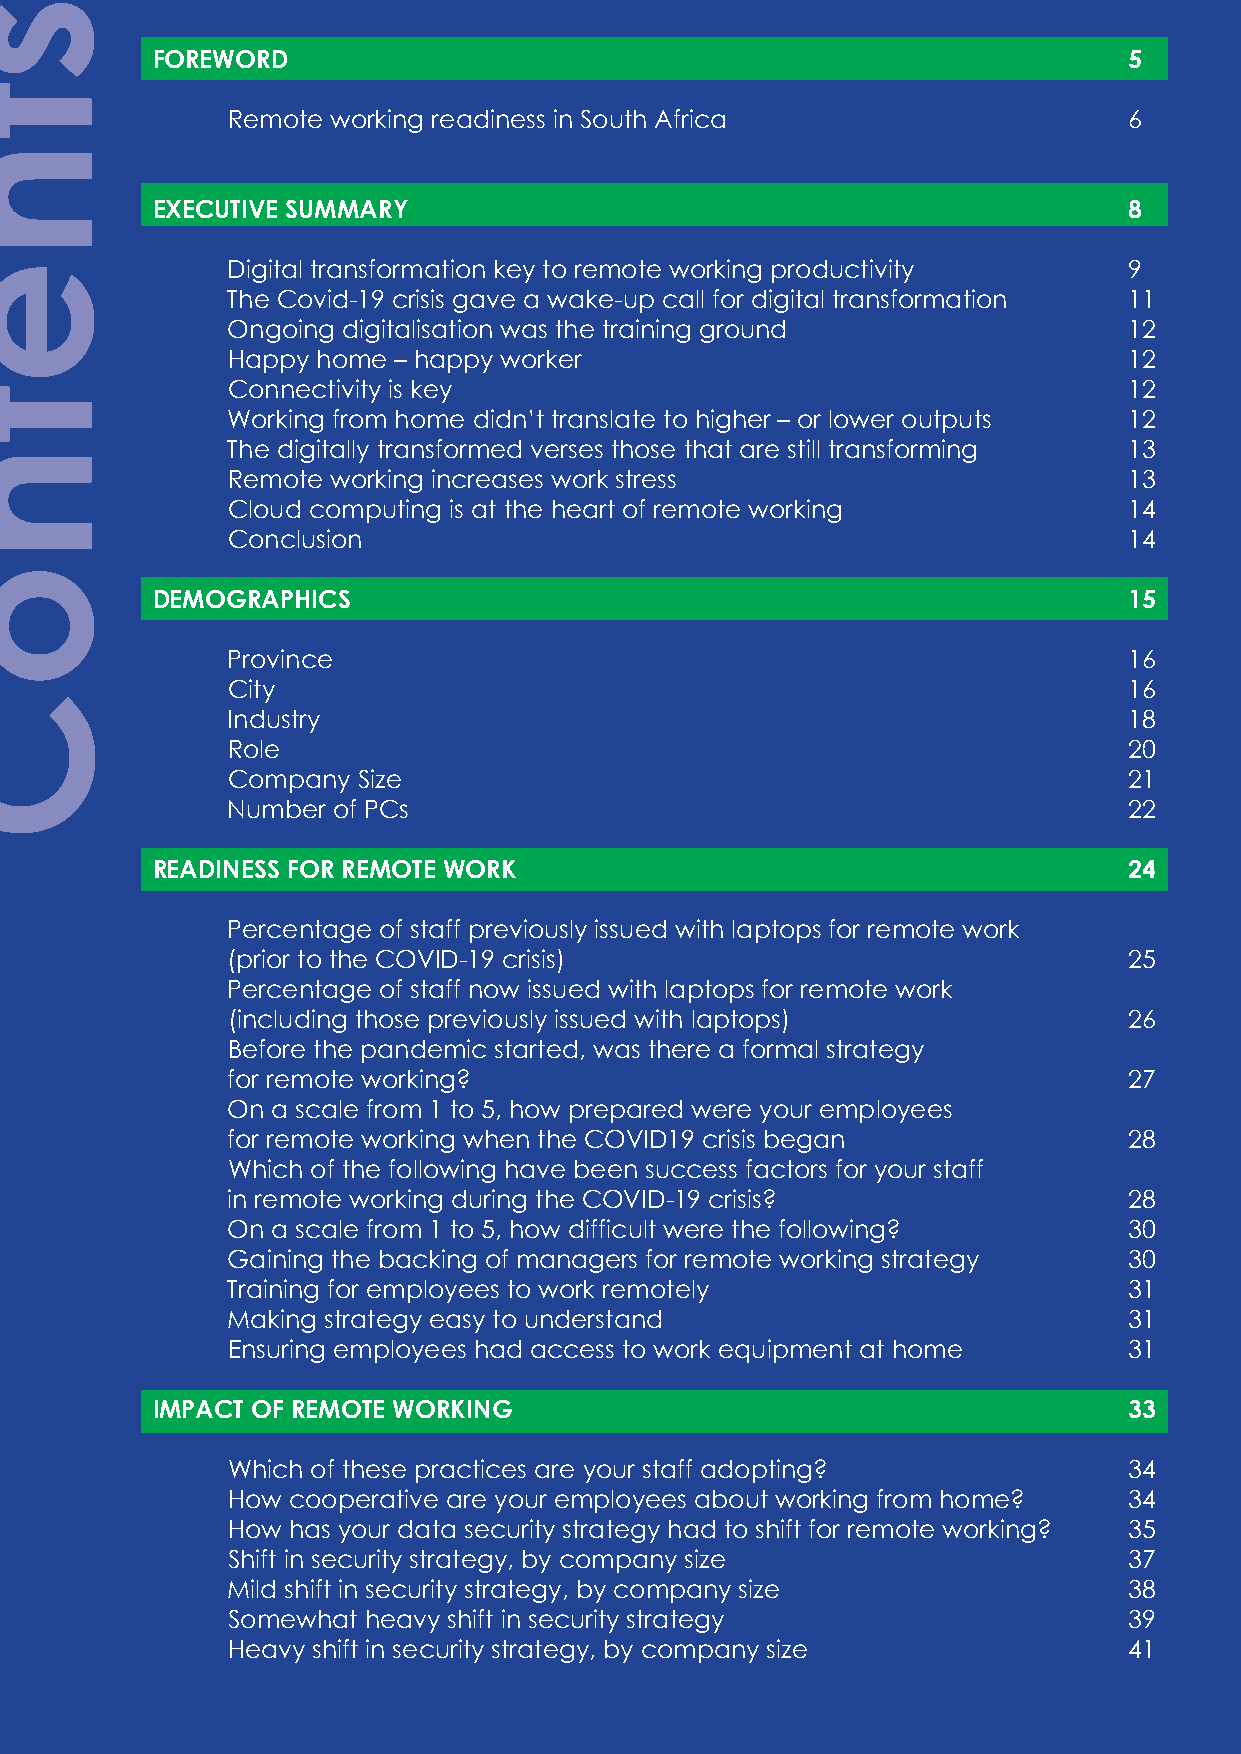
FOREWORD                                                         5
 Remote working readiness in South Africa                    6
 EXECUTIVE SUMMARY                                                8
 Digital transformation key to remote working productivity   9
 The Covid-19 crisis gave a wake-up call for digital transformation 11
 Ongoing digitalisation was the training ground              12
 Happy home – happy worker                                   12
 Connectivity is key                                         12
 Working from home didn’t translate to higher – or lower outputs 12
 The digitally transformed verses those that are still transforming 13
 Remote working increases work stress                        13
 Cloud computing is at the heart of remote working           14
 Conclusion                                                  14
 DEMOGRAPHICS                                                     15
 Province                                                    16
 City                                                        16
 Industry                                                    18
 Role                                                        20
 Company  Size                                               21
 Number of PCs                                               22
 READINESS FOR REMOTE WORK                                        24
 Percentage of staff previously issued with laptops for remote work
 (prior to the COVID-19 crisis)                              25
 Percentage of staff now issued with laptops for remote work
 (including those previously issued with laptops)            26
 Before the pandemic started, was there a formal strategy
 for remote working?                                         27
 On a scale from 1 to 5, how prepared were your employees
 for remote working when the COVID19 crisis began            28
 Which of the following have been success factors for your staff
 in remote working during the COVID-19 crisis?               28
 On a scale from 1 to 5, how difficult were the following?   30
 Gaining the backing of managers for remote working strategy 30
 Training for employees to work remotely                     31
 Making strategy easy to understand                          31
 Ensuring employees had access to work equipment at home     31
 IMPACT OF REMOTE WORKING                                         33
 Which of these practices are your staff adopting?           34
 How cooperative are your employees about working from home? 34
 How has your data security strategy had to shift for remote working? 35
 Shift in security strategy, by company size                 37
 Mild shift in security strategy, by company size            38
 Somewhat heavy shift in security strategy                   39
 Heavy shift in security strategy, by company size           41